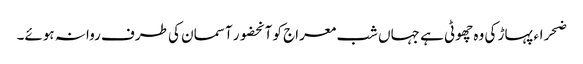
ضحراء پہاڑ کی وہ چھوٹی ہے جہاں شب معراج کو آنحضور آسمان کی طرف روانہ ہوئے۔